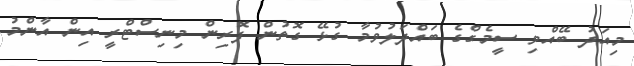
މިއަދު ބޭއްވި ސީމެގްގެ ބައްދަލުވުމާ ގުޅޭ ގޮތުން ފޮރިން މިނިސްޓްރީ އިން އާންމު